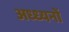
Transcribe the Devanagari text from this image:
अध्ध्यनों